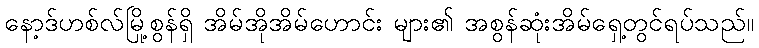
နော့ဒ်ဟစ်လ်မြို့စွန်ရှိ အိမ်အိုအိမ်ဟောင်း များ၏ အစွန်ဆုံးအိမ်ရှေ့တွင်ရပ်သည်။